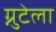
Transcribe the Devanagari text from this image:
ग्नुटेला